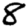
Digit: 8